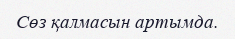
Сөз қалмасын артымда.